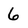
Character: 6